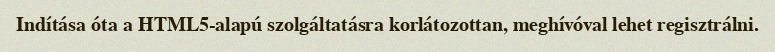
Indítása óta a HTML5-alapú szolgáltatásra korlátozottan, meghívóval lehet regisztrálni.